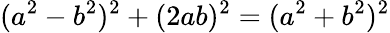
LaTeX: (a^{2}-b^{2})^{2}+(2ab)^{2}=(a^{2}+b^{2})^{2}